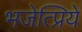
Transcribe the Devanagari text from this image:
भजेत्प्रिये